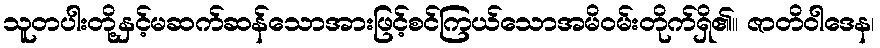
သူတပါးတို့နှင့်မဆက်ဆန်သောအားဖြင့်စင်ကြယ်သောအမိဝမ်းတိုက်ရှိ၏။ ဇာတိဝါဒေန၊